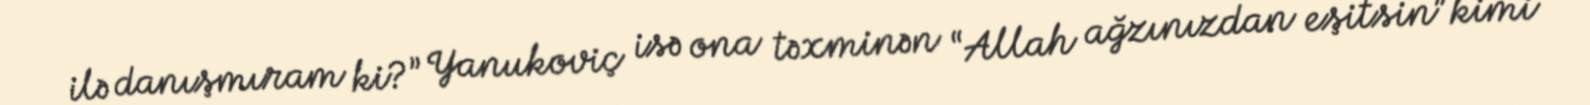
ilə danışmıram ki?” Yanukoviç isə ona təxminən “Allah ağzınızdan eşitsin” kimi